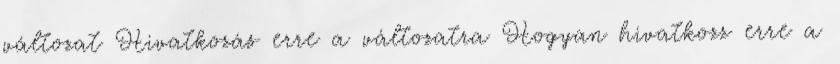
változat Hivatkozás erre a változatra Hogyan hivatkozz erre a